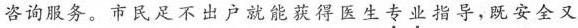
咨询服务。市民足不出户就能获得医生\underset{·}{专}\underset{·}{业}指导，既安全又